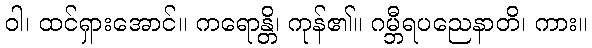
ဝါ၊ ထင်ရှားအောင်။ ကရောန္တိ၊ ကုန်၏။ ဂမ္ဘီရပညေနာတိ၊ ကား။